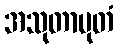
အသုတာမုတံ